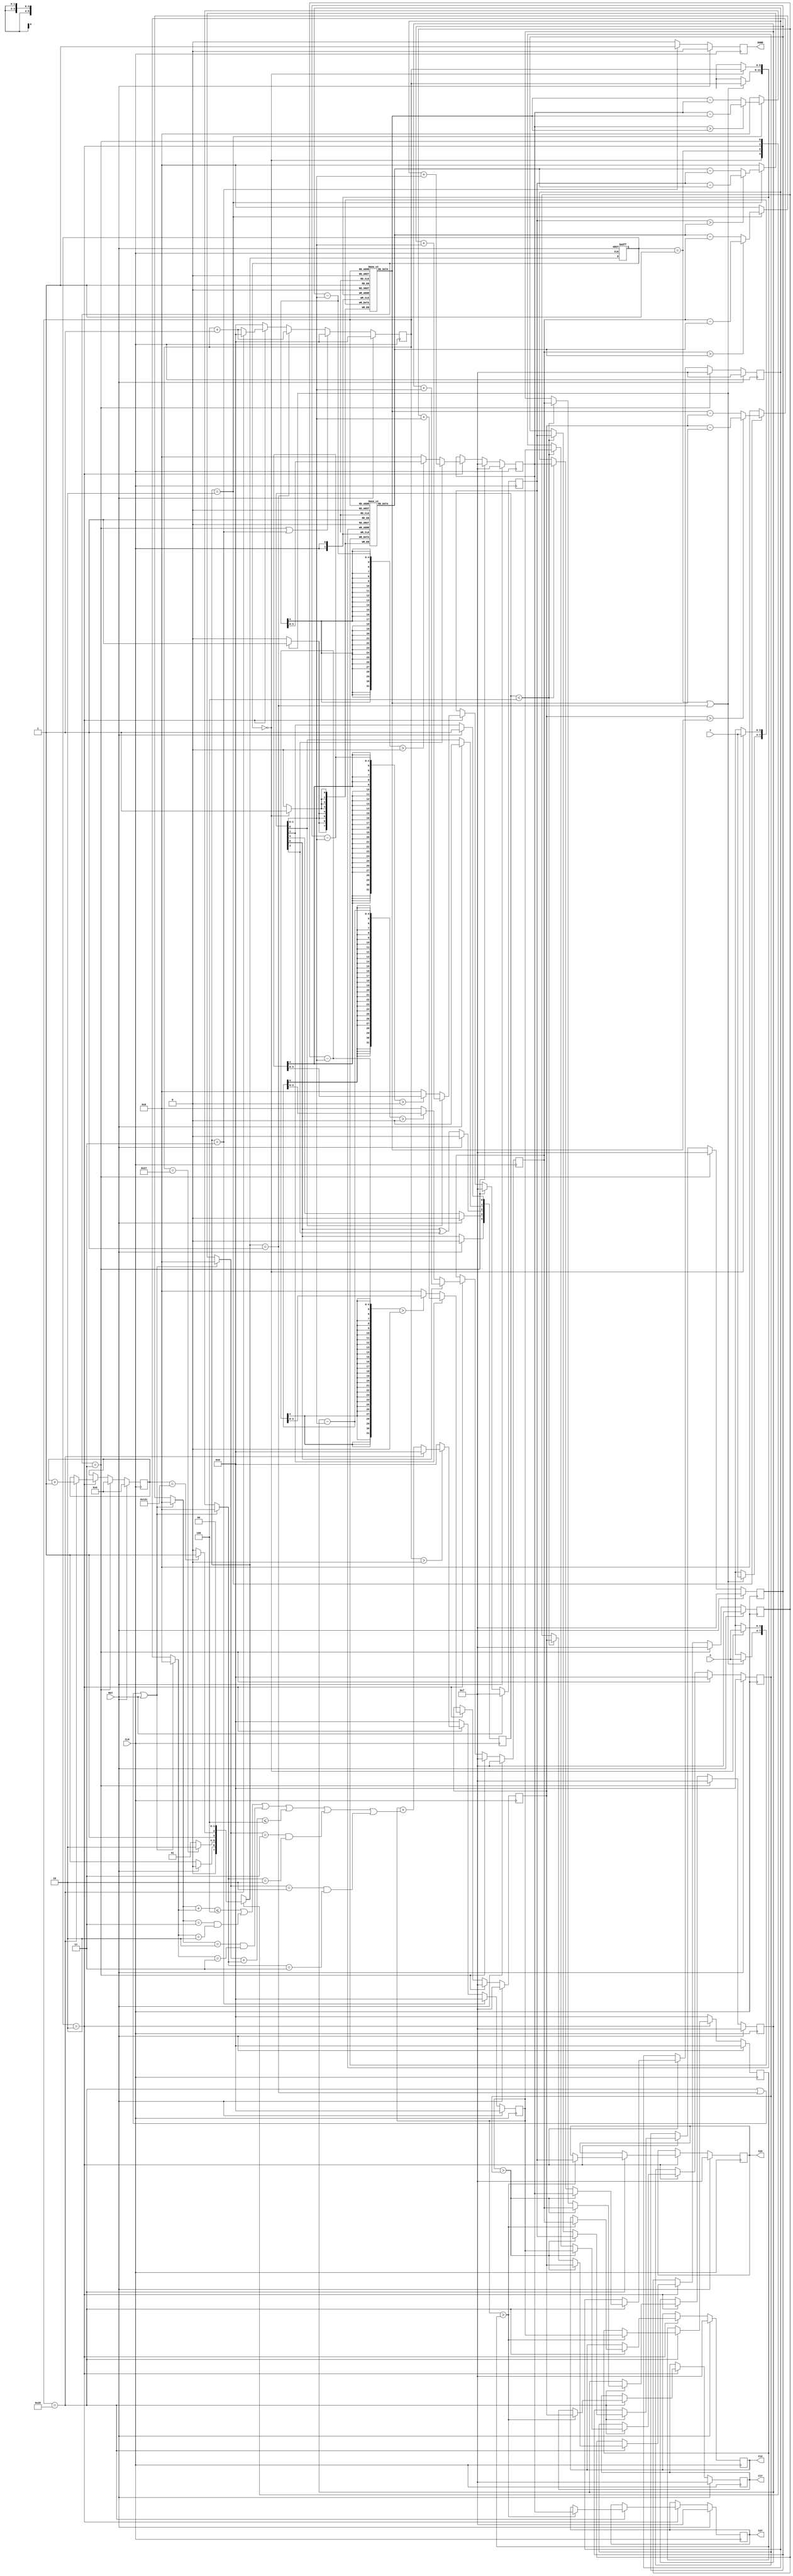
module LASER (
input CLK,
input RST,
input [3:0] X,
input [3:0] Y,
output reg [3:0] C1X,
output reg [3:0] C1Y,
output reg [3:0] C2X,
output reg [3:0] C2Y,
output reg DONE);

// For LFSR
reg [4:0] q; // random value from 1 to 31 
wire [3:0] step;
// wire [3:0] testX;
// wire [3:0] testY;

// FSM
reg [1:0] current_state;
reg [1:0] next_state;
parameter  INIT = 0;
parameter READ = 1;
parameter WALK = 2;
parameter OUTPUT = 3;

// caculate max cover
// cnt
reg [5:0] cover_prev; // num of previous covered points
reg [5:0] cover_current; // num of current covered points
reg [5:0] cover_max; // max_global
reg [5:0] cnt; // counter
reg [3:0] corX [39:0]; // coordinates array of all input points
reg [3:0] corY [39:0];
reg [3:0] x1, y1, x2, y2; // current x and y
reg [3:0] tmpX1, tmpY1, tmpX2, tmpY2; 
reg [3:0] dx1, dy1, dx2, dy2;

// reg round_flag;
reg [9:0] round; // sub-rounds count

// assign testX = corX[cnt];
// assign testY = corY[cnt];

// assign step = (q[1:0] == 2'b11)? {3'b000, q[0]}: {2'b0, q[1:0]};
assign step = {2'b0, q[1:0]};

// READ and store the inputs into array
always @(posedge CLK) begin
  if (current_state == INIT) begin
    corX[cnt] <= X;
    corY[cnt] <= Y;
  end
  if (current_state == READ || next_state == READ) begin
    corX[cnt] <= X;
    corY[cnt] <= Y;
  end
end

always @(*) begin
  if (cnt == 6'd40 || next_state == READ || RST) begin
    dx1 = 4'd0; dy1 = 4'd0;
    dx2 = 4'd0; dy2 = 4'd0;
  end
  else if (next_state == WALK) begin
    dx1 = (tmpX1 > corX[cnt])? tmpX1 - corX[cnt] : corX[cnt] - tmpX1;
    dy1 = (tmpY1 > corY[cnt])? tmpY1 - corY[cnt] : corY[cnt] - tmpY1;
    dx2 = (tmpX2 > corX[cnt])? tmpX2 - corX[cnt] : corX[cnt] - tmpX2;
    dy2 = (tmpY2 > corY[cnt])? tmpY2 - corY[cnt] : corY[cnt] - tmpY2;
  end
  else begin
    dx1 = 4'd0; dy1 = 4'd0;
    dx2 = 4'd0; dy2 = 4'd0;
  end
end

// assign  dx1 = (tmpX1 > corX[cnt])? tmpX1 - corX[cnt] : corX[cnt] - tmpX1;
// assign  dy1 = (tmpY1 > corY[cnt])? tmpY1 - corY[cnt] : corY[cnt] - tmpY1;
// assign  dx2 = (tmpX2 > corX[cnt])? tmpX2 - corX[cnt] : corX[cnt] - tmpX2;
// assign  dy2 = (tmpY2 > corY[cnt])? tmpY2 - corY[cnt] : corY[cnt] - tmpY2;

/// vvvvvvvvvvv  FSM  vvvvvvvvvvv ///
always @(posedge CLK or posedge RST) begin
  if (RST)
    current_state <= INIT;
  else
    current_state <= next_state;
end

// State transition
always @(*) begin
  case (current_state)
    INIT:
      next_state = (RST)? INIT: READ;
    READ:
      next_state = (cnt == 6'd39)? WALK: READ;
    WALK: // check 40 points covering
      next_state = (round == 10'd300)? OUTPUT: WALK;
    OUTPUT:
      next_state = INIT;
    default:
      next_state = INIT;
  endcase
end
/// ^^^^^^^^^^^  FSM  ^^^^^^^^^^^ ///


// reg [3:0] round
always @(posedge CLK) begin
  if (RST)
    round <= 10'd0;
  else if (current_state == OUTPUT)
    round <= 10'd0;
  else if (current_state == WALK) begin
    if (cnt == 6'd40)
      round <= round +10'd1;
  end
end

// current best x1, y1, x2, y2
always @(posedge CLK) begin
  if (RST) begin
    x1 <= 4'd7; y1 <= 4'd7;
    x2 <= 4'd7; y2 <= 4'd7;
  end
  else if (current_state == OUTPUT) begin
    x1 <= 4'd7; y1 <= 4'd7;
    x2 <= 4'd7; y2 <= 4'd7;
  end
  else if (current_state == WALK) begin
    if (cnt == 6'd40) begin      
      if(cover_current > cover_prev) begin
        x1 <= tmpX1; y1 <= tmpY1;
        x2 <= tmpX2; y2 <= tmpY2;
      end
      else begin // accept worse result with probability
        if (q < 5'd4) begin // 10% acceptance
          x1 <= tmpX1; y1 <= tmpY1;
          x2 <= tmpX2; y2 <= tmpY2;
        end
      end
    end
  end
end

// tmpX1, tmpY1, tmpX2, tmpY2
// walk to new point
always @(posedge CLK) begin
  if (RST) begin
    tmpX1 <= 4'd7; tmpY1 <= 4'd7;
    tmpX2 <= 4'd7; tmpY2 <= 4'd7;
  end
  else if (current_state == OUTPUT) begin
    tmpX1 <= 4'd7; tmpY1 <= 4'd7;
    tmpX2 <= 4'd7; tmpY2 <= 4'd7;
  end
  else if (current_state == WALK) begin
    if (q[0])
      tmpX1 <= x1+step; // keep it walking in the field
      // tmpX1 <= (x1+step < 16)? x1+step: 15; // keep it walking in the field
    else
      // tmpX1 <= x1-step;
      tmpX1 <= (x1-step > 0)? x1-step: 0; 
    if (q[1])
      tmpY1 <= y1+step;
      // tmpY1 <= (y1+step < 16)? y1+step: 15; 
    else
      // tmpY1 <= y1-step;
      tmpY1 <= (y1-step > 0)? y1-step: 0;  
    if (q[2])
      tmpX2 <= x2+step;
      // tmpX2 <= (x2+step < 16)? x2+step: 15; 
    else
      // tmpX2 <= x2-step;  
      tmpX2 <= (x2-step > 0)? x2-step: 0;  
    if (q[3])
      tmpY2 <= y2+step;
      // tmpY2 <= (y2+step < 16)? y2+step: 15;  
    else
      // tmpY2 <= y2-step;  
      tmpY2 <= (y2-step > 0)? y2-step: 0;  
  end
end

// cover_prev
always @(posedge CLK) begin
  if (RST)
    cover_prev <= 6'd0;
  else if (current_state == OUTPUT)
    cover_prev <= 6'd0;
  else if (current_state == WALK) begin
    if(cnt == 6'd40) begin // finished checking the covering of the 40 points
      if(cover_current > cover_prev)
        cover_prev <= cover_current;
      else begin // accept worse result with probability
        if (q < 5'd4)  // 10% acceptance
          cover_prev <= cover_current;
      end
    end
  end
end

// cover_current
always @(posedge CLK) begin
  if(RST)
    cover_current <= 6'd0;
  else if(next_state == OUTPUT)  // *** order of codes matter! Wrong order could generate 'unkonwn' *** //
    cover_current <= 6'd0;
  else if(current_state == WALK) begin
    if(cnt > 0) begin
      if (cnt == 6'd40)
        cover_current <= 6'd0;
      else begin
        cover_current <= cover_current +
        ((dx1 + dy1 <= 4) || (dx1 == 3 && dy1 == 2) || (dx1 == 2 && dy1 == 3) ||
         (dx2 + dy2 <= 4) || (dx2 == 3 && dy2 == 2) || (dx2 == 2 && dy2 == 3));        
      end
    end
    else 
      cover_current <= 6'd0;
  end
  else
    cover_current <= 6'd0;
end

// cover_max
always @(posedge CLK) begin
  if(RST)
    cover_max <= 6'd0;
  else if(current_state == WALK) begin
    if(cnt == 6'd40) begin // finished checking the covering of the 40 points
      if(cover_current > cover_max)
        cover_max <= cover_current;
    end
  end
  else if(current_state == OUTPUT)
    cover_max <= 0;
  else
    cover_max <= 0;
end

// cnt, or Temperature for 5 ~ 15 round
always @(posedge CLK) begin
  if (RST)
    cnt <= 0;
  else if (current_state == OUTPUT || next_state == OUTPUT)
    cnt <= 0;
  else if (next_state == READ) // read input patterns
    cnt <= cnt + 1;
  else if (current_state == WALK) begin
      cnt <= (cnt == 6'd40)? 0: cnt+1;
  end
  else
    cnt <= 0;
end

// OUTPUT: (C1X, C1Y), (C2X, C2Y)
always @(posedge CLK) begin
  if (RST) begin
    C1X <= 4'd7; C1Y <= 4'd7;
    C2X <= 4'd7; C2Y <= 4'd7;
  end
  else if (current_state == WALK) begin
    if(cnt == 6'd40) begin
      if(cover_current > cover_max) begin
        C1X <= tmpX1; C1Y <= tmpY1;
        C2X <= tmpX2; C2Y <= tmpY2;
      end
    end
  end
end


always @(posedge CLK) begin
  if(RST)
    DONE <= 1'b0;
  else if (next_state == OUTPUT)
    DONE <= 1'b1;
  else
    DONE <= 1'b0;
end

// 5-bit maximal-length LFSR 
always @(posedge CLK) begin
  /* 
    q = 1 ~ 31
    if used as probability function, 
    sampled q < 4 approximately equals to 10%
  */
  if (RST) 
    q <= 5'h1;
  else begin
    q[4] <= 1'b0 ^ q[0];
    q[3] <= q[4];
    q[2] <= q[0] ^ q[3];
    q[1] <= q[2];
    q[0] <= q[1];
  end
end

endmodule